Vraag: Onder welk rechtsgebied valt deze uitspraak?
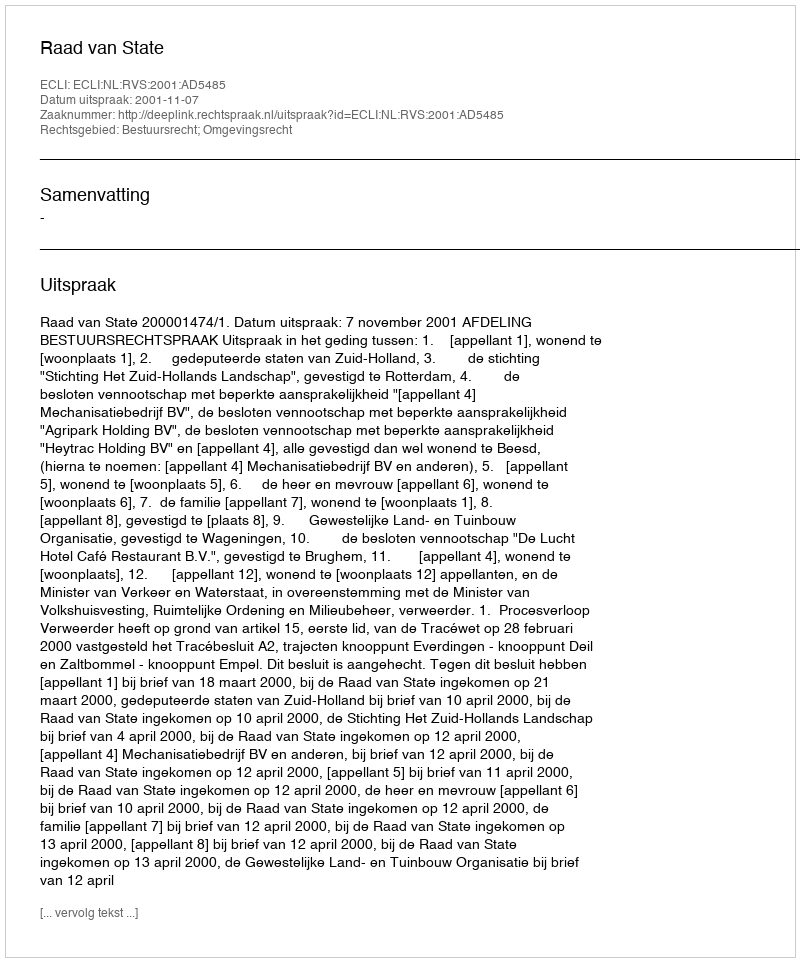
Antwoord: Bestuursrecht; Omgevingsrecht